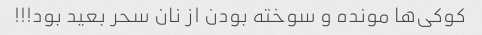
کوکی‌ها مونده و سوخته بودن از نان سحر بعید بود!!!